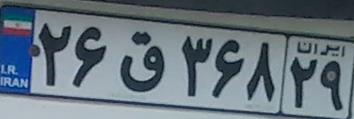
۲۶ق۳۶۸۲۹